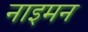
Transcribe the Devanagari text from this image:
नाइमन